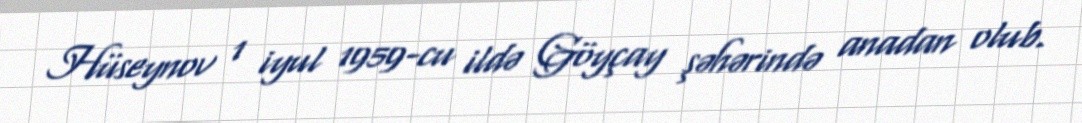
Hüseynov 1 iyul 1959-cu ildə Göyçay şəhərində anadan olub.